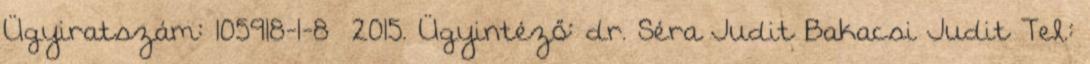
Ügyiratszám: 105918-1-8 2015. Ügyintéző: dr. Séra Judit Bakacsi Judit Tel.: